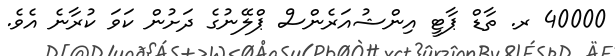
40000 ރ. ތާޑް ޕާޓީ އިންޝުއަރެންސް ޕްލޭނުގެ ދަށުން ކަވަ ކުރާނެ އެވެ.